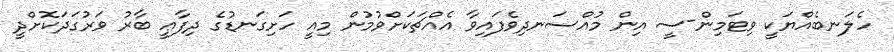
ހެލަނބެއްޔަކީ ވިޓަމިން-ސީ އިން މުއްސަނދިވެފައިވާ އެއްޗަކަށްވުމުން މިއީ ހަށިގަނޑުގެ ދިފާޢީ ބާރު ވަރުގަދަކޮށްދީ